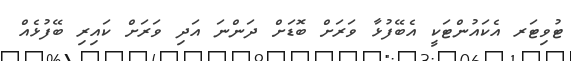
ޓުވިޓަރ އެކައުންޓަކީ އެބޭފުޅާ ވަރަށް ބޮޑަށް ދަންނަ އަދި ވަރަށް ކައިރި ބޭފުޅެއް